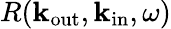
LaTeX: R(\mathbf{k}_{\mathrm{out}},\mathbf{k}_{\mathrm{in}},\omega)